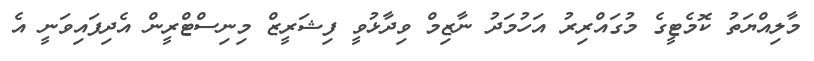
މާލިއްޔަތު ކޮމެޓީގެ މުގައްރިރު އަހުމަދު ނާޒިމް ވިދާޅުވީ ފިޝަރީޒް މިނިސްޓްރީން އެދިފައިވަނީ އެ